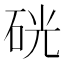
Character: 硄